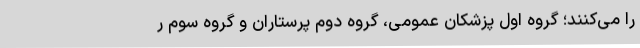
را می‌کنند؛ گروه اول پزشکان عمومی، گروه دوم پرستاران و گروه سوم ر